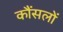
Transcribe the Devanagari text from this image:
कौंसलों